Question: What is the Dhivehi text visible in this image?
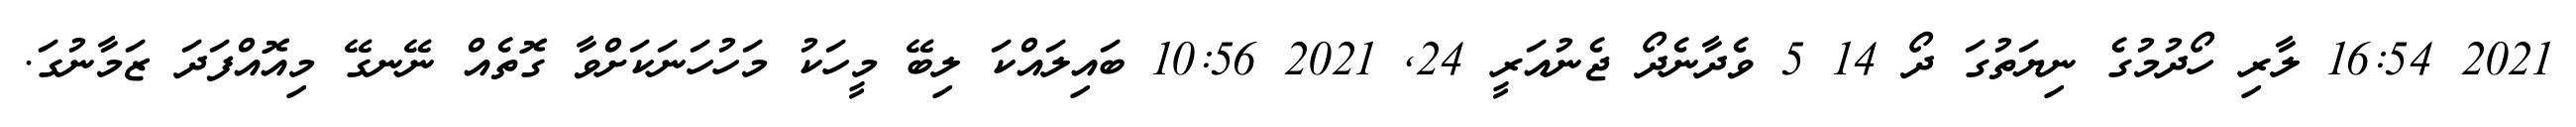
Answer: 2021 16:54 ލާރި ހޯދުމުގެ ނިޔަތުގަ ދޯ 14 5 ވެދާނެދޯ ޖެނުއަރީ 24, 2021 10:56 ބައިލައްކަ ލިބޭ މީހަކު މަހުހަނަކަށްވާ ގޮތެއް ނޭނގޭ މިއޮއްފަދަ ޒަމާނުގަ.